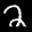
Label: 2